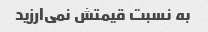
به نسبت قیمتش نمی‌ارزید